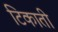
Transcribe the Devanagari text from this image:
टिकाती